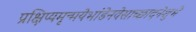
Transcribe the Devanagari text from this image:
प्रक्षिप्यमृन्मयेभांडेनवेसाच्छादनेशुभे